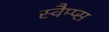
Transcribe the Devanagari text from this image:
स्वैम्प्स